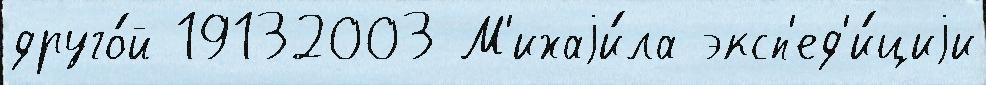
друго́й 19132003 М'ихаjи́ла эксп'ед'и́циjи